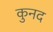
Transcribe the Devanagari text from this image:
कुनद